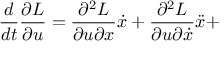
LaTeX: \frac { d } { d t } \frac { \partial L } { \partial u } = \frac { \partial ^ { 2 } L } { \partial u \partial x } \dot { x } + \frac { \partial ^ { 2 } L } { \partial u \partial \dot { x } } \ddot { x } +